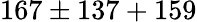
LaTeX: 167\pm 137+159